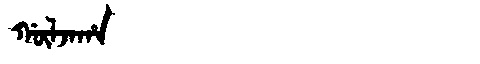
Manchu: ᡤᡡᠯᠵᠠᡥᠠ
Romanization: GŪLJAHA